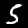
Digit: 5